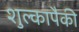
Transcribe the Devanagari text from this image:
शुल्कापैकी